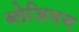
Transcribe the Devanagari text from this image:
ब्लेजियम